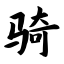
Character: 骑